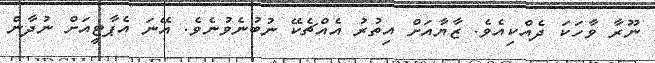
ނޫރާ ވާހަކަ ދެއްކިއެވެ. ޒާޔާއަށް އިތުރު އެއްޗެކޭ ނުބުނެވުނެވެ. އޭނަ އެޕާޓީއަށް ނުދާން